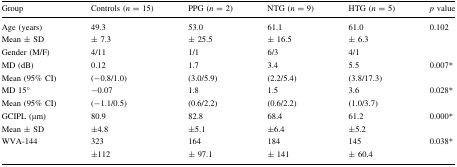
<table><thead><tr><td><b>Group</b></td><td><b>Controls (<i>n</i> = 15)</b></td><td><b>PPG (<i>n</i> = 2)</b></td><td><b>NTG (<i>n</i> = 9)</b></td><td><b>HTG (<i>n</i> = 5)</b></td><td><b><i>p</i> value</b></td></tr></thead><tbody><tr><td>Age (years)Mean ± SD</td><td>49.3± 7.3</td><td>53.0± 25.5</td><td>61.1± 16.5</td><td>61.0± 6.3</td><td>0.102</td></tr><tr><td>Gender (M/F)</td><td>4/11</td><td>1/1</td><td>6/3</td><td>4/1</td><td></td></tr><tr><td>MD (dB)Mean (95% CI)</td><td>0.12(−0.8/1.0)</td><td>1.7(3.0/5.9)</td><td>3.4(2.2/5.4)</td><td>5.5(3.8/17.3)</td><td>0.007*</td></tr><tr><td>MD 15°Mean (95% CI)</td><td>−0.07(−1.1/0.5)</td><td>1.8(0.6/2.2)</td><td>1.5(0.6/2.2)</td><td>3.6(1.0/3.7)</td><td>0.028*</td></tr><tr><td>GCIPL (μm)Mean ± SD</td><td>80.9±4.8</td><td>82.8±5.1</td><td>68.4±6.4</td><td>61.2±5.2</td><td>0.000*</td></tr><tr><td>WVA-144</td><td>323±112</td><td>164± 97.1</td><td>184± 141</td><td>145± 60.4</td><td>0.038*</td></tr></tbody></table>